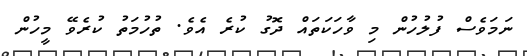
ނަމަވެސް ފުލުހުން މި ވާހަކަތައް ދޮގު ކުރެ އެވެ. ތުހުމަތު ކުރެވޭ މީހުން